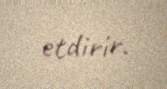
etdirir.